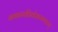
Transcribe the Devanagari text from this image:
नकाररहितोअस्म्यहम्